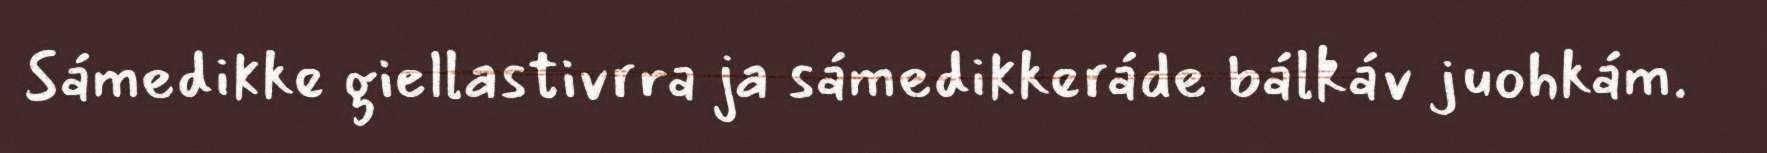
Sámedikke giellastivrra ja sámedikkeráde bálkáv juohkám.